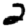
Digit: 2